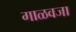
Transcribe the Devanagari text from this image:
गाळवजा